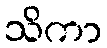
သိကာ